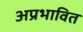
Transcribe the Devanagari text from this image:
अप्रभावित